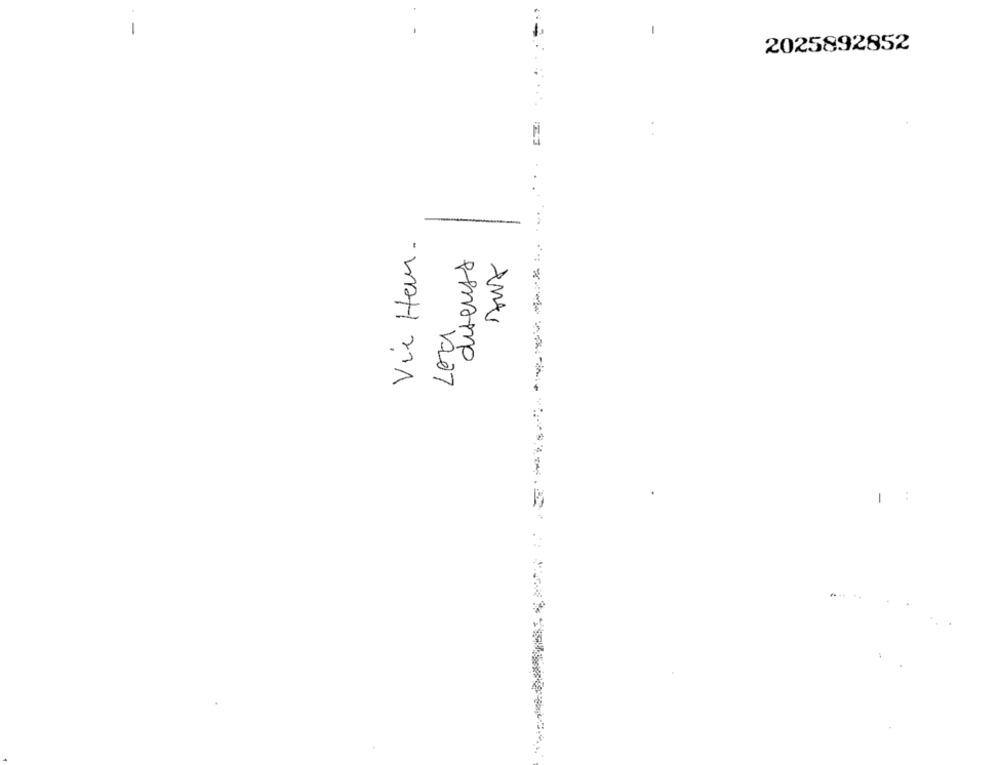
1
2025892852
Vie Heur.
1207
-